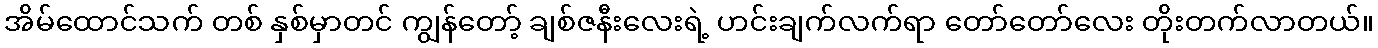
အိမ်ထောင်သက် တစ် နှစ်မှာတင် ကျွန်တော့် ချစ်ဇနီးလေးရဲ့ ဟင်းချက်လက်ရာ တော်တော်လေး တိုးတက်လာတယ်။